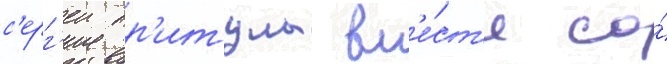
с'ерг'еи пр'итула вм'е́ст'е со́